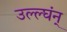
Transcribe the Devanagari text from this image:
उल्ल्घंन्